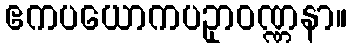
ဧကပယောကပဥှာဝဏ္ဏနာ။